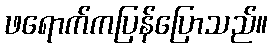
ဖရောက်ကပြန်ပြောသည်။